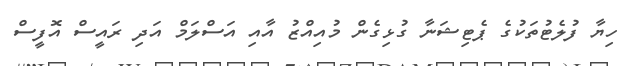
ހިޔާ ފުލެޓުތަކުގެ ޕެޓިޝަނާ ގުޅިގެން މުއިއްޒު އާއި އަސްލަމް އަދި ރައީސް އޮފީސް